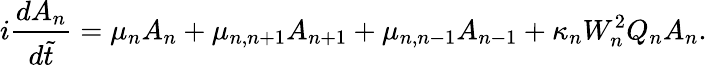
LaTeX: i\frac{dA_{n}}{d\tilde{t}}=\mu_{n}A_{n}+\mu_{n,n+1}A_{n+1}+\mu_{n,n-1}A_{n-1}+\kappa_{n}W_{n}^{2}Q_{n}A_{n}.